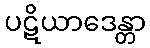
ပဋိယာဒေန္တာ